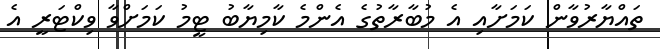
ތައްޔާރުވާން ކަމަށާއި އެ މުބާރާތުގެ އެންމެ ކާމިޔާބު ޓީމު ކަމަށްވާ ވިކްޓަރީ އެ